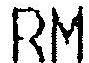
RM